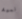
نعمة